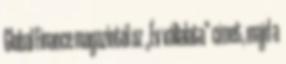
Global Finance magazintól az „Év vállalata” címet, majd a